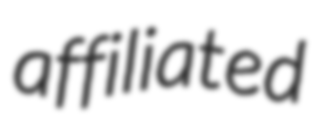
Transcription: affiliated